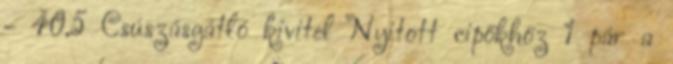
- 40,5 Csúszásgátló kivitel Nyitott cipőkhöz 1 pár a